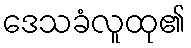
ဒေသခံလူထု၏